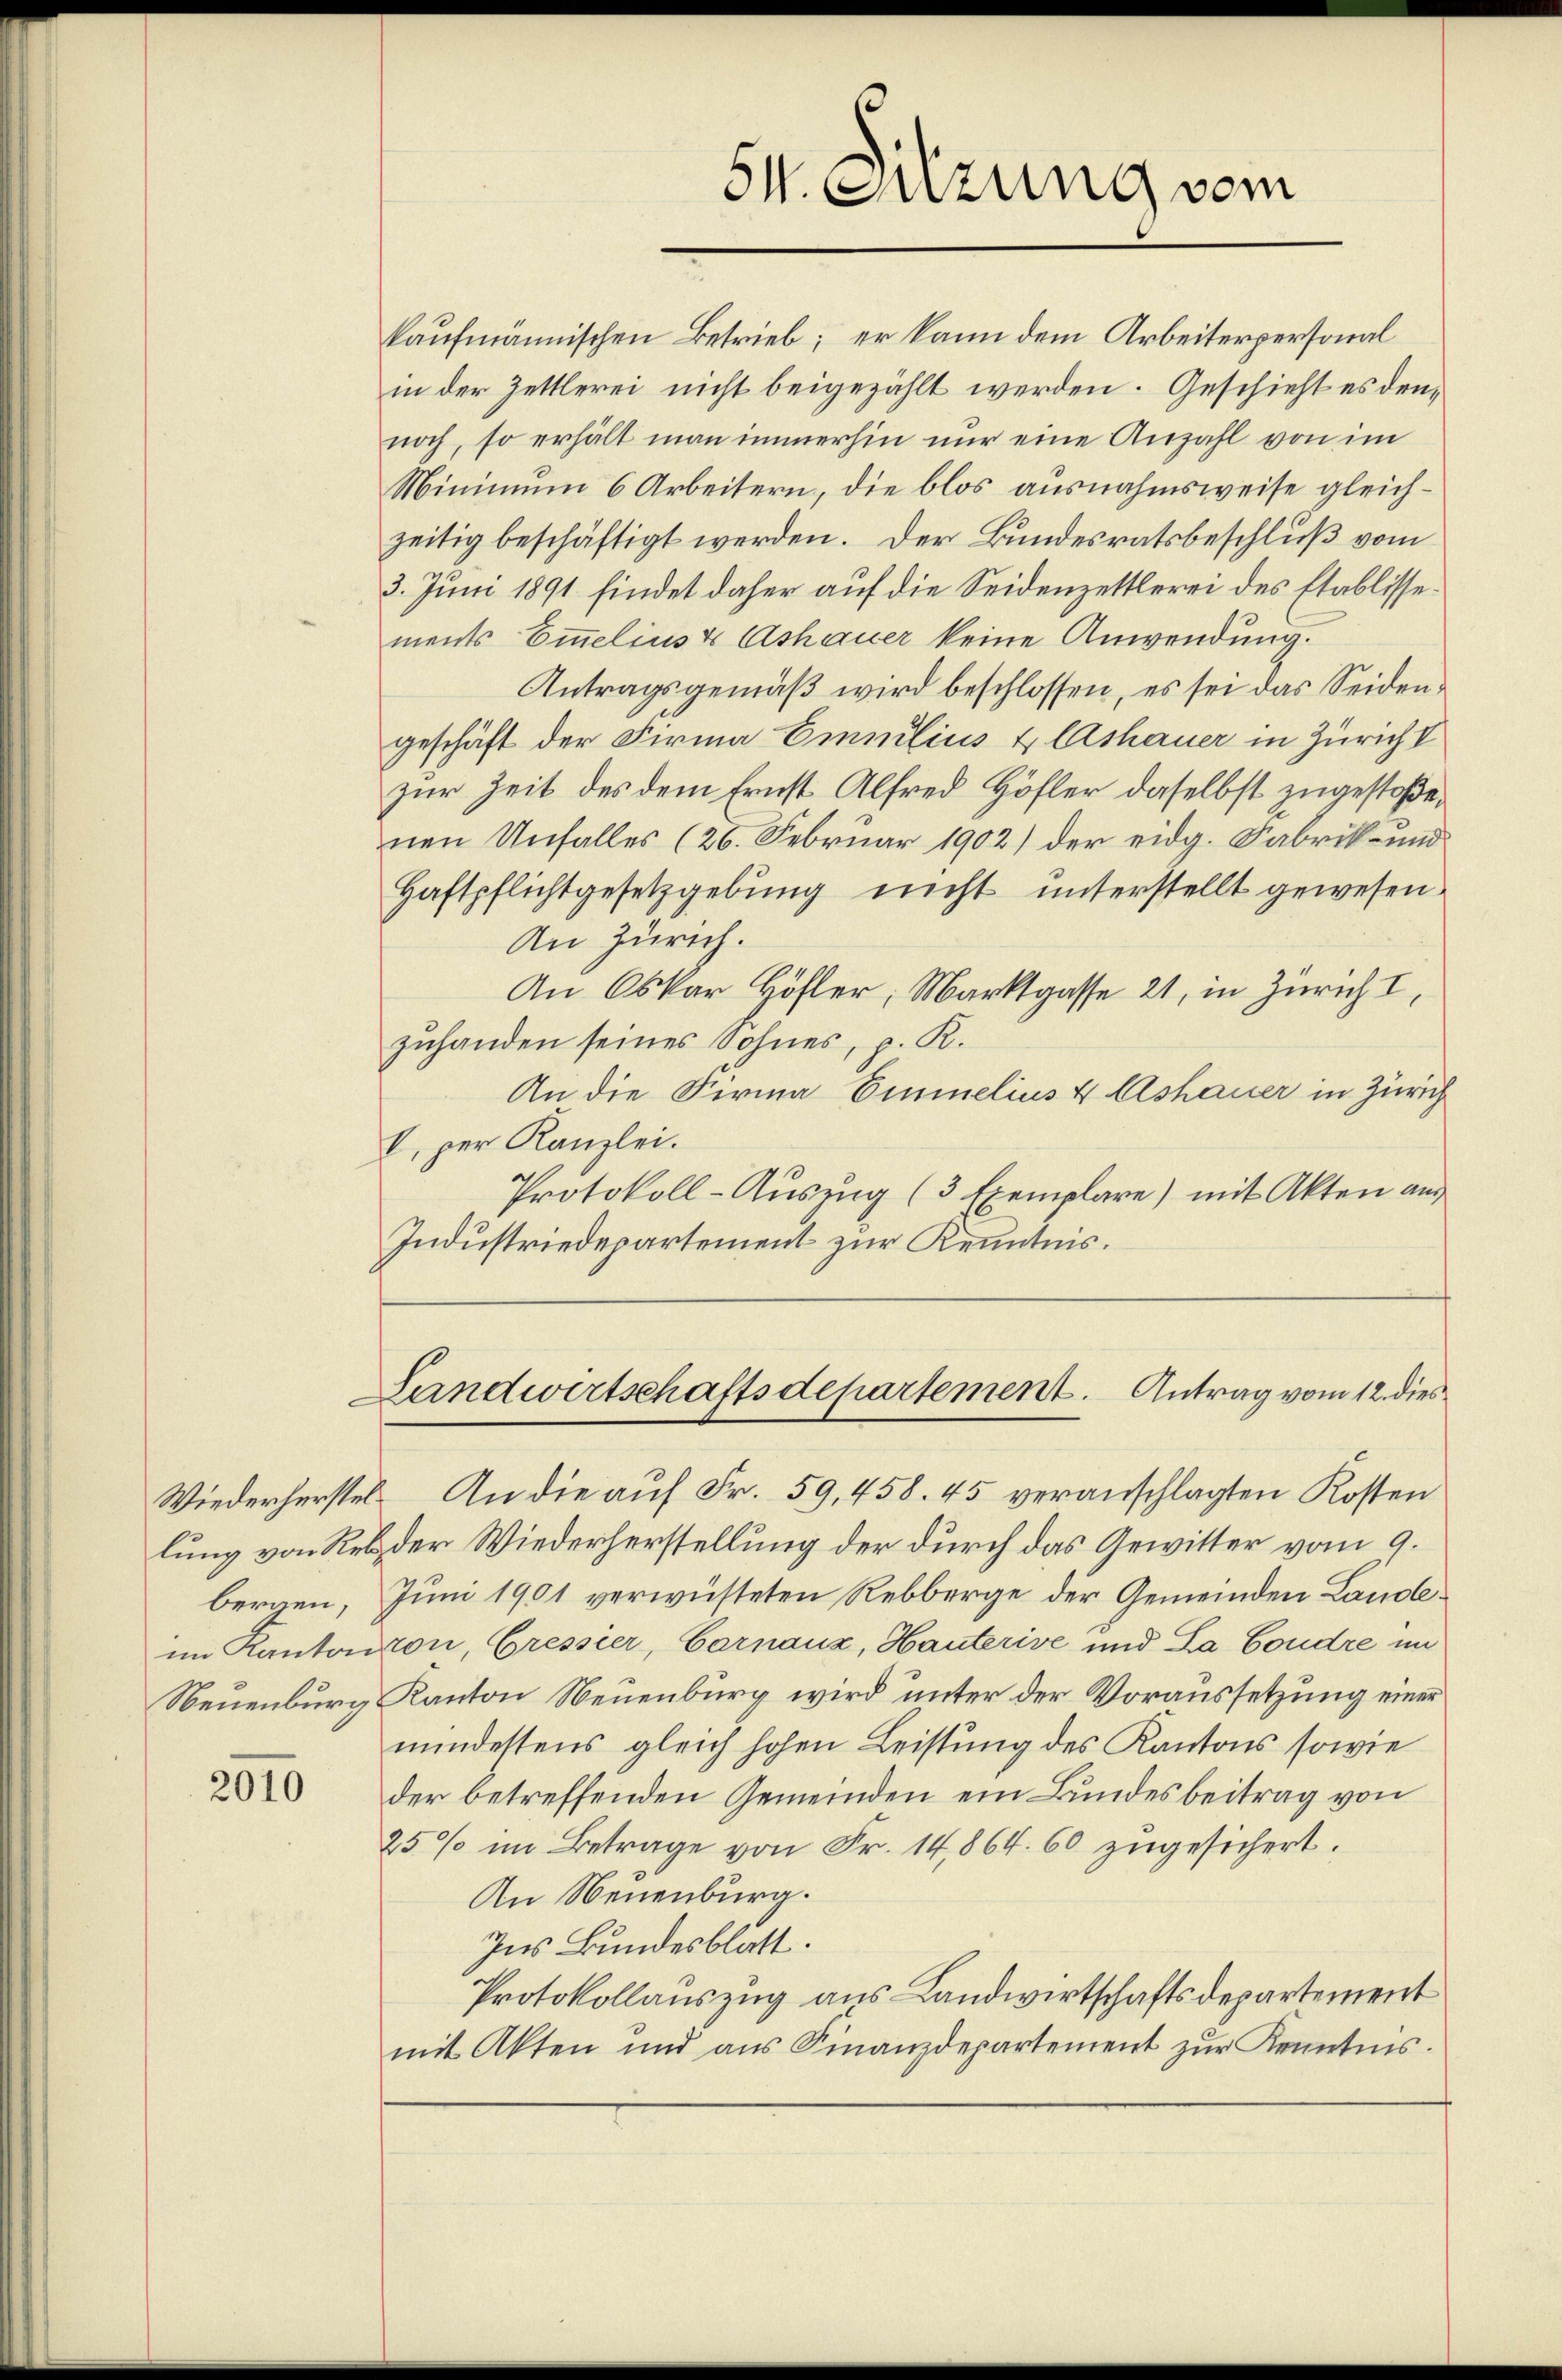
S. Guzung vom

kaufmännischen Betrieb; er kann dem Arbeiterpersonal
in der Zettlerei nicht beigezählt werden. Geschieht es dennoch, so erhält man immerhin nur eine Anzahl von im
Minimum 6 Arbeitern, die blos ausnahmsweise gleichzeitig beschäftigt werden. Der Bundesratsbeschluß vom
3. Juni 1891 findet daher auf die Seidenzettlerei des Etablissements Emmelins & Ashauer keine Anwendung.
Antragsgemäß wird beschlossen, es sei das Seidengeschäft der Firma Emmlins & Ashauer in Züricht
zur Zeit des dem Ernst Alfred Höfler daselbst zugestoße,
nen Unfalles (26. Februar 1902) der eidg. Fabrik- und
Haftpflichtgesetzgebung nicht unterstellt gewesen.
An Zürich.
An Oskar Höfler, Marktgasse 21, in Zürich I,
zuhanden seines Sohnes, p. K.
An die Firma Eimelius 4 Ashauer in Zürich
V. per Kanzlei.
Protokoll-Aŭszŭg (3 Exemplare) mit Akten aus
Industriedepartement zur Kenntnis.

Landwirtschaftsdepartement. Antrag vom 12. dies

An die aŭf Fr. 59,458. 45 veranschlagten Kosten
der Wiederherstellung der durch das Gewitter vom 9.
Juni 1901 verwüsteten Rebberge der Gemeinden Landleron, Gressier, Carnauz, Hauterive und La Condre im
Kanton Neuenburg wird unter der Voraussetzung einer
mindestens gleich hohen Leistung des Kantons sowie
der betreffenden Gemeinden ein Bundesbeitrag von
25% im Betrage von Fr. 14,864. 60 zugesichert.
An Neuenburg.
Ins Bundesblatt.
Protokollauszug aus Landwirtschaftsdepartement
mit Akten und aus Finanzdepartement zŭr Kenntnis.

Wiederherstellung von Rebbergen,
im Kanton
Neuenburg

2010